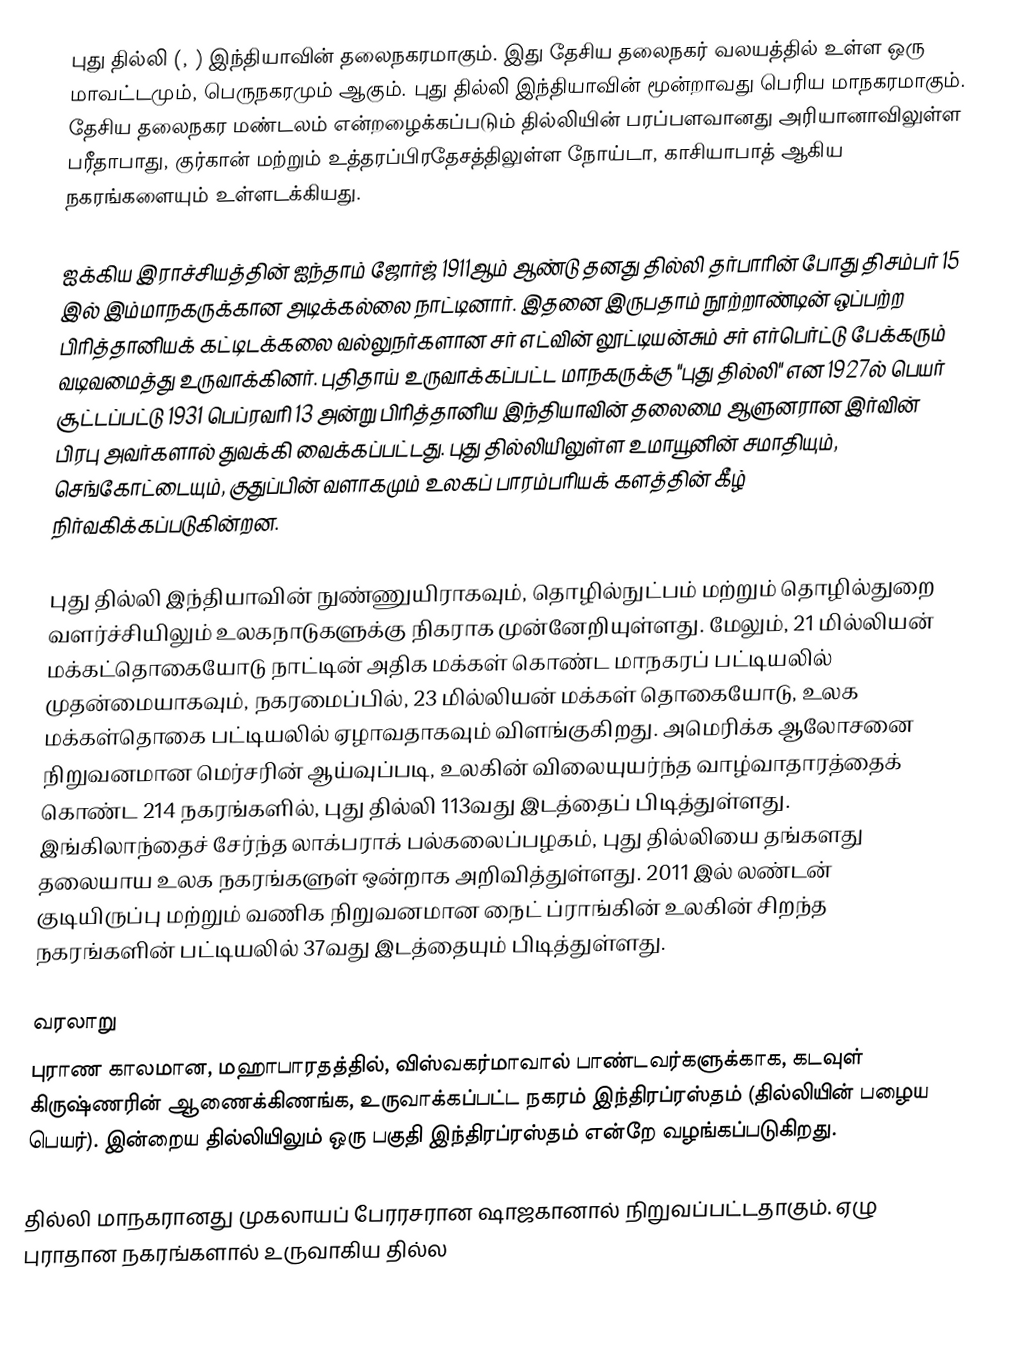
புது தில்லி (, ) இந்தியாவின் தலைநகரமாகும். இது தேசிய தலைநகர் வலயத்தில் உள்ள ஒரு மாவட்டமும், பெருநகரமும் ஆகும். புது தில்லி இந்தியாவின் மூன்றாவது பெரிய மாநகரமாகும். தேசிய தலைநகர மண்டலம் என்றழைக்கப்படும் தில்லியின் பரப்பளவானது அரியானாவிலுள்ள பரீதாபாது, குர்கான் மற்றும் உத்தரப்பிரதேசத்திலுள்ள நோய்டா, காசியாபாத் ஆகிய நகரங்களையும் உள்ளடக்கியது.

ஐக்கிய இராச்சியத்தின் ஐந்தாம் ஜோர்ஜ் 1911ஆம் ஆண்டு  தனது தில்லி தர்பாரின் போது திசம்பர் 15 இல் இம்மாநகருக்கான அடிக்கல்லை நாட்டினார். இதனை இருபதாம் நூற்றாண்டின் ஒப்பற்ற பிரித்தானியக் கட்டிடக்கலை வல்லுநர்களான  சர் எட்வின் லூட்டியன்சும் சர் எர்பெர்ட்டு பேக்கரும் வடிவமைத்து உருவாக்கினர். புதிதாய் உருவாக்கப்பட்ட மாநகருக்கு "புது தில்லி" என 1927ல் பெயர் சூட்டப்பட்டு 1931 பெப்ரவரி 13 அன்று பிரித்தானிய இந்தியாவின் தலைமை ஆளுனரான இர்வின் பிரபு அவர்களால் துவக்கி வைக்கப்பட்டது. புது தில்லியிலுள்ள உமாயூனின் சமாதியும், செங்கோட்டையும், குதுப்பின் வளாகமும் உலகப் பாரம்பரியக் களத்தின் கீழ் நிர்வகிக்கப்படுகின்றன.

புது தில்லி இந்தியாவின் நுண்ணுயிராகவும், தொழில்நுட்பம் மற்றும் தொழில்துறை வளர்ச்சியிலும் உலகநாடுகளுக்கு நிகராக முன்னேறியுள்ளது. மேலும், 21 மில்லியன் மக்கட்தொகையோடு நாட்டின் அதிக மக்கள் கொண்ட மாநகரப் பட்டியலில் முதன்மையாகவும், நகரமைப்பில், 23 மில்லியன் மக்கள் தொகையோடு, உலக மக்கள்தொகை பட்டியலில் ஏழாவதாகவும் விளங்குகிறது. அமெரிக்க ஆலோசனை நிறுவனமான மெர்சரின் ஆய்வுப்படி, உலகின் விலையுயர்ந்த வாழ்வாதாரத்தைக் கொண்ட 214 நகரங்களில், புது தில்லி 113வது இடத்தைப் பிடித்துள்ளது. இங்கிலாந்தைச் சேர்ந்த லாக்பராக் பல்கலைப்பழகம், புது தில்லியை தங்களது தலையாய உலக நகரங்களுள் ஒன்றாக அறிவித்துள்ளது. 2011 இல் லண்டன் குடியிருப்பு மற்றும் வணிக நிறுவனமான நைட் ப்ராங்கின் உலகின் சிறந்த நகரங்களின் பட்டியலில் 37வது இடத்தையும் பிடித்துள்ளது.

வரலாறு
புராண காலமான, மஹாபாரதத்தில், விஸ்வகர்மாவால் பாண்டவர்களுக்காக, கடவுள் கிருஷ்ணரின் ஆணைக்கிணங்க, உருவாக்கப்பட்ட நகரம் இந்திரப்ரஸ்தம் (தில்லியின் பழைய பெயர்). இன்றைய தில்லியிலும் ஒரு பகுதி இந்திரப்ரஸ்தம் என்றே வழங்கப்படுகிறது.

தில்லி மாநகரானது முகலாயப் பேரரசரான ஷாஜகானால் நிறுவப்பட்டதாகும். ஏழு புராதான நகரங்களால் உருவாகிய தில்ல